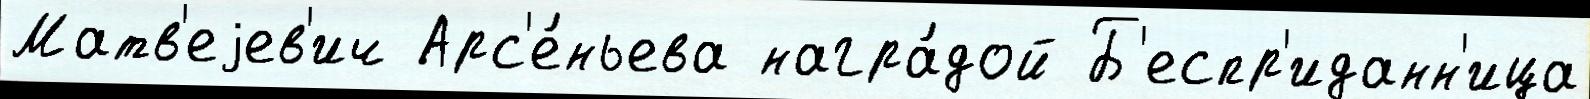
Матв'еjев'ич Арс'е́ньева награ́дой Б'еспр'иданн'ица